Leaving Certificate Examination (including Day School Certificate (Higher) General paper), 1928
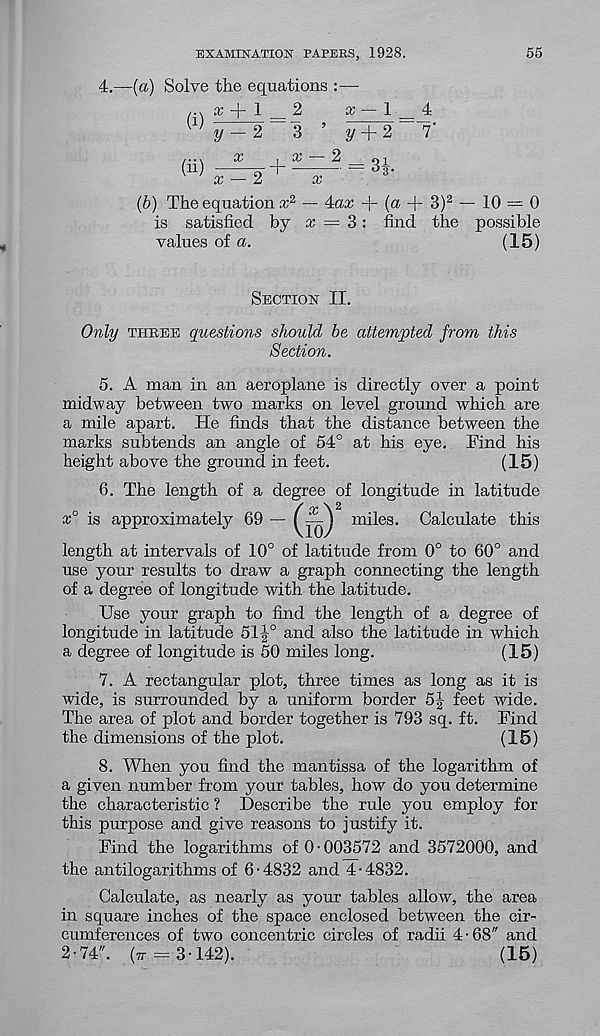
EXAMINATION PAPERS, 1928.
55
4.—(a) Solve the equations :—
a: + 1
2
x — 1 4
y^—~2 ~ 3 ’ y'T2~:r
(ii)
(b) The equation x 2 ~ 4a* + (a + 3) 2 — 10 — 0
is satisfied by * = 3: find the possible
values of a.
(15)
Section II.
Only theee questions should be attempted from this
Section.
5. A man in an aeroplane is directly over a point
midway between two marks on level ground which are
a mile apart. He finds that the distance between the
marks subtends an angle of 54° at his eye. Find his
height above the ground in feet.
(15)
6. The length of a degree of longitude in latitude
x° is approximately 69
(0
miles. Calculate this
length at intervals of 10° of latitude from 0° to 60° and
use your results to draw a graph connecting the length
of a degree of longitude with the latitude.
Use your graph to find the length of a degree of
longitude in latitude 51J° and also the latitude in which
a degree of longitude is 50 miles long.
(15)
7. A rectangular plot, three times as long as it is
wide, is surrounded by a uniform border 5|- feet wide.
The area of plot and border together is 793 sq. ft. Find
the dimensions of the plot.
(15)
8. When you find the mantissa of the logarithm of
a given number from your tables, how do you determine
the characteristic ? Describe the rule you employ for
this purpose and give reasons to justify it.
Find the logarithms of 0 • 003572 and 3572000, and
the antilogarithms of 6-4832 and 4-4832.
Calculate, as nearly as your tables allow, the area
in square inches of the space enclosed between the cir-
cumferences of two concentric circles of radii 4-68" and
2-74". (77 = 3-142).
(15)